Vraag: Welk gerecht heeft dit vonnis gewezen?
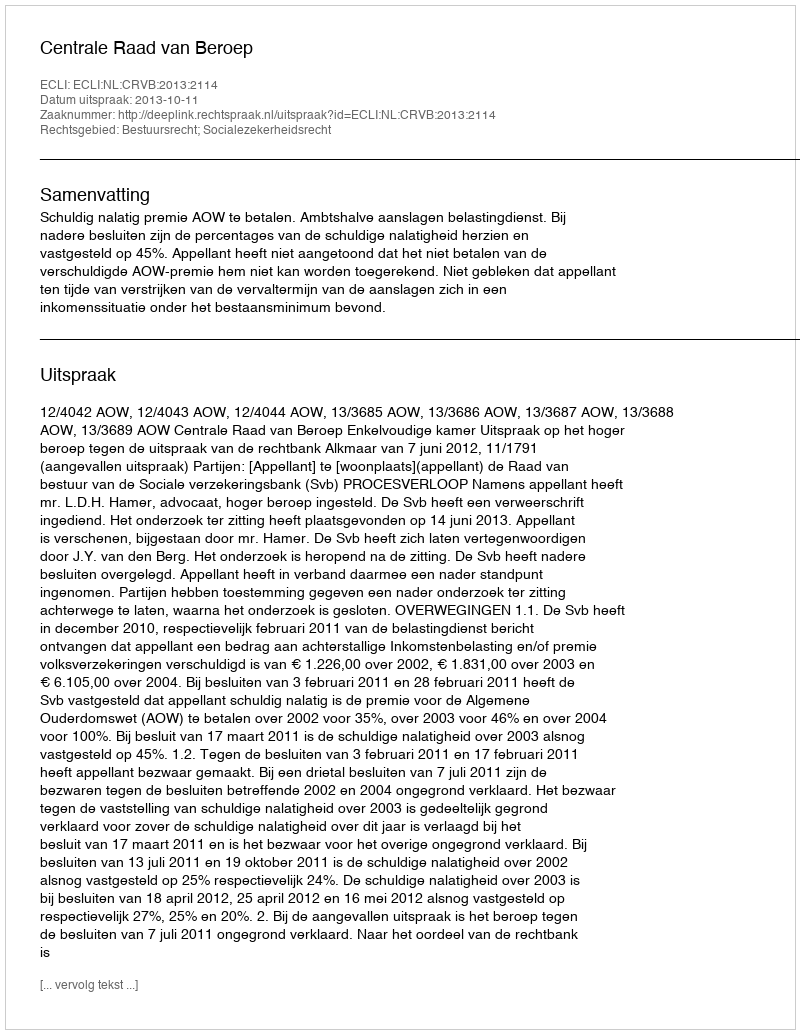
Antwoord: Centrale Raad van Beroep